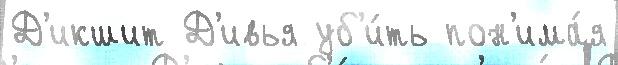
Д'икшит Д'ивья уб'и́ть пон'има́я